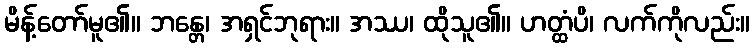
မိန့်တော်မူ၏။ ဘန္တေ၊ အရှင်ဘုရား။ အဿ၊ ထိုသူ၏။ ဟတ္ထံပိ၊ လက်ကိုလည်း။